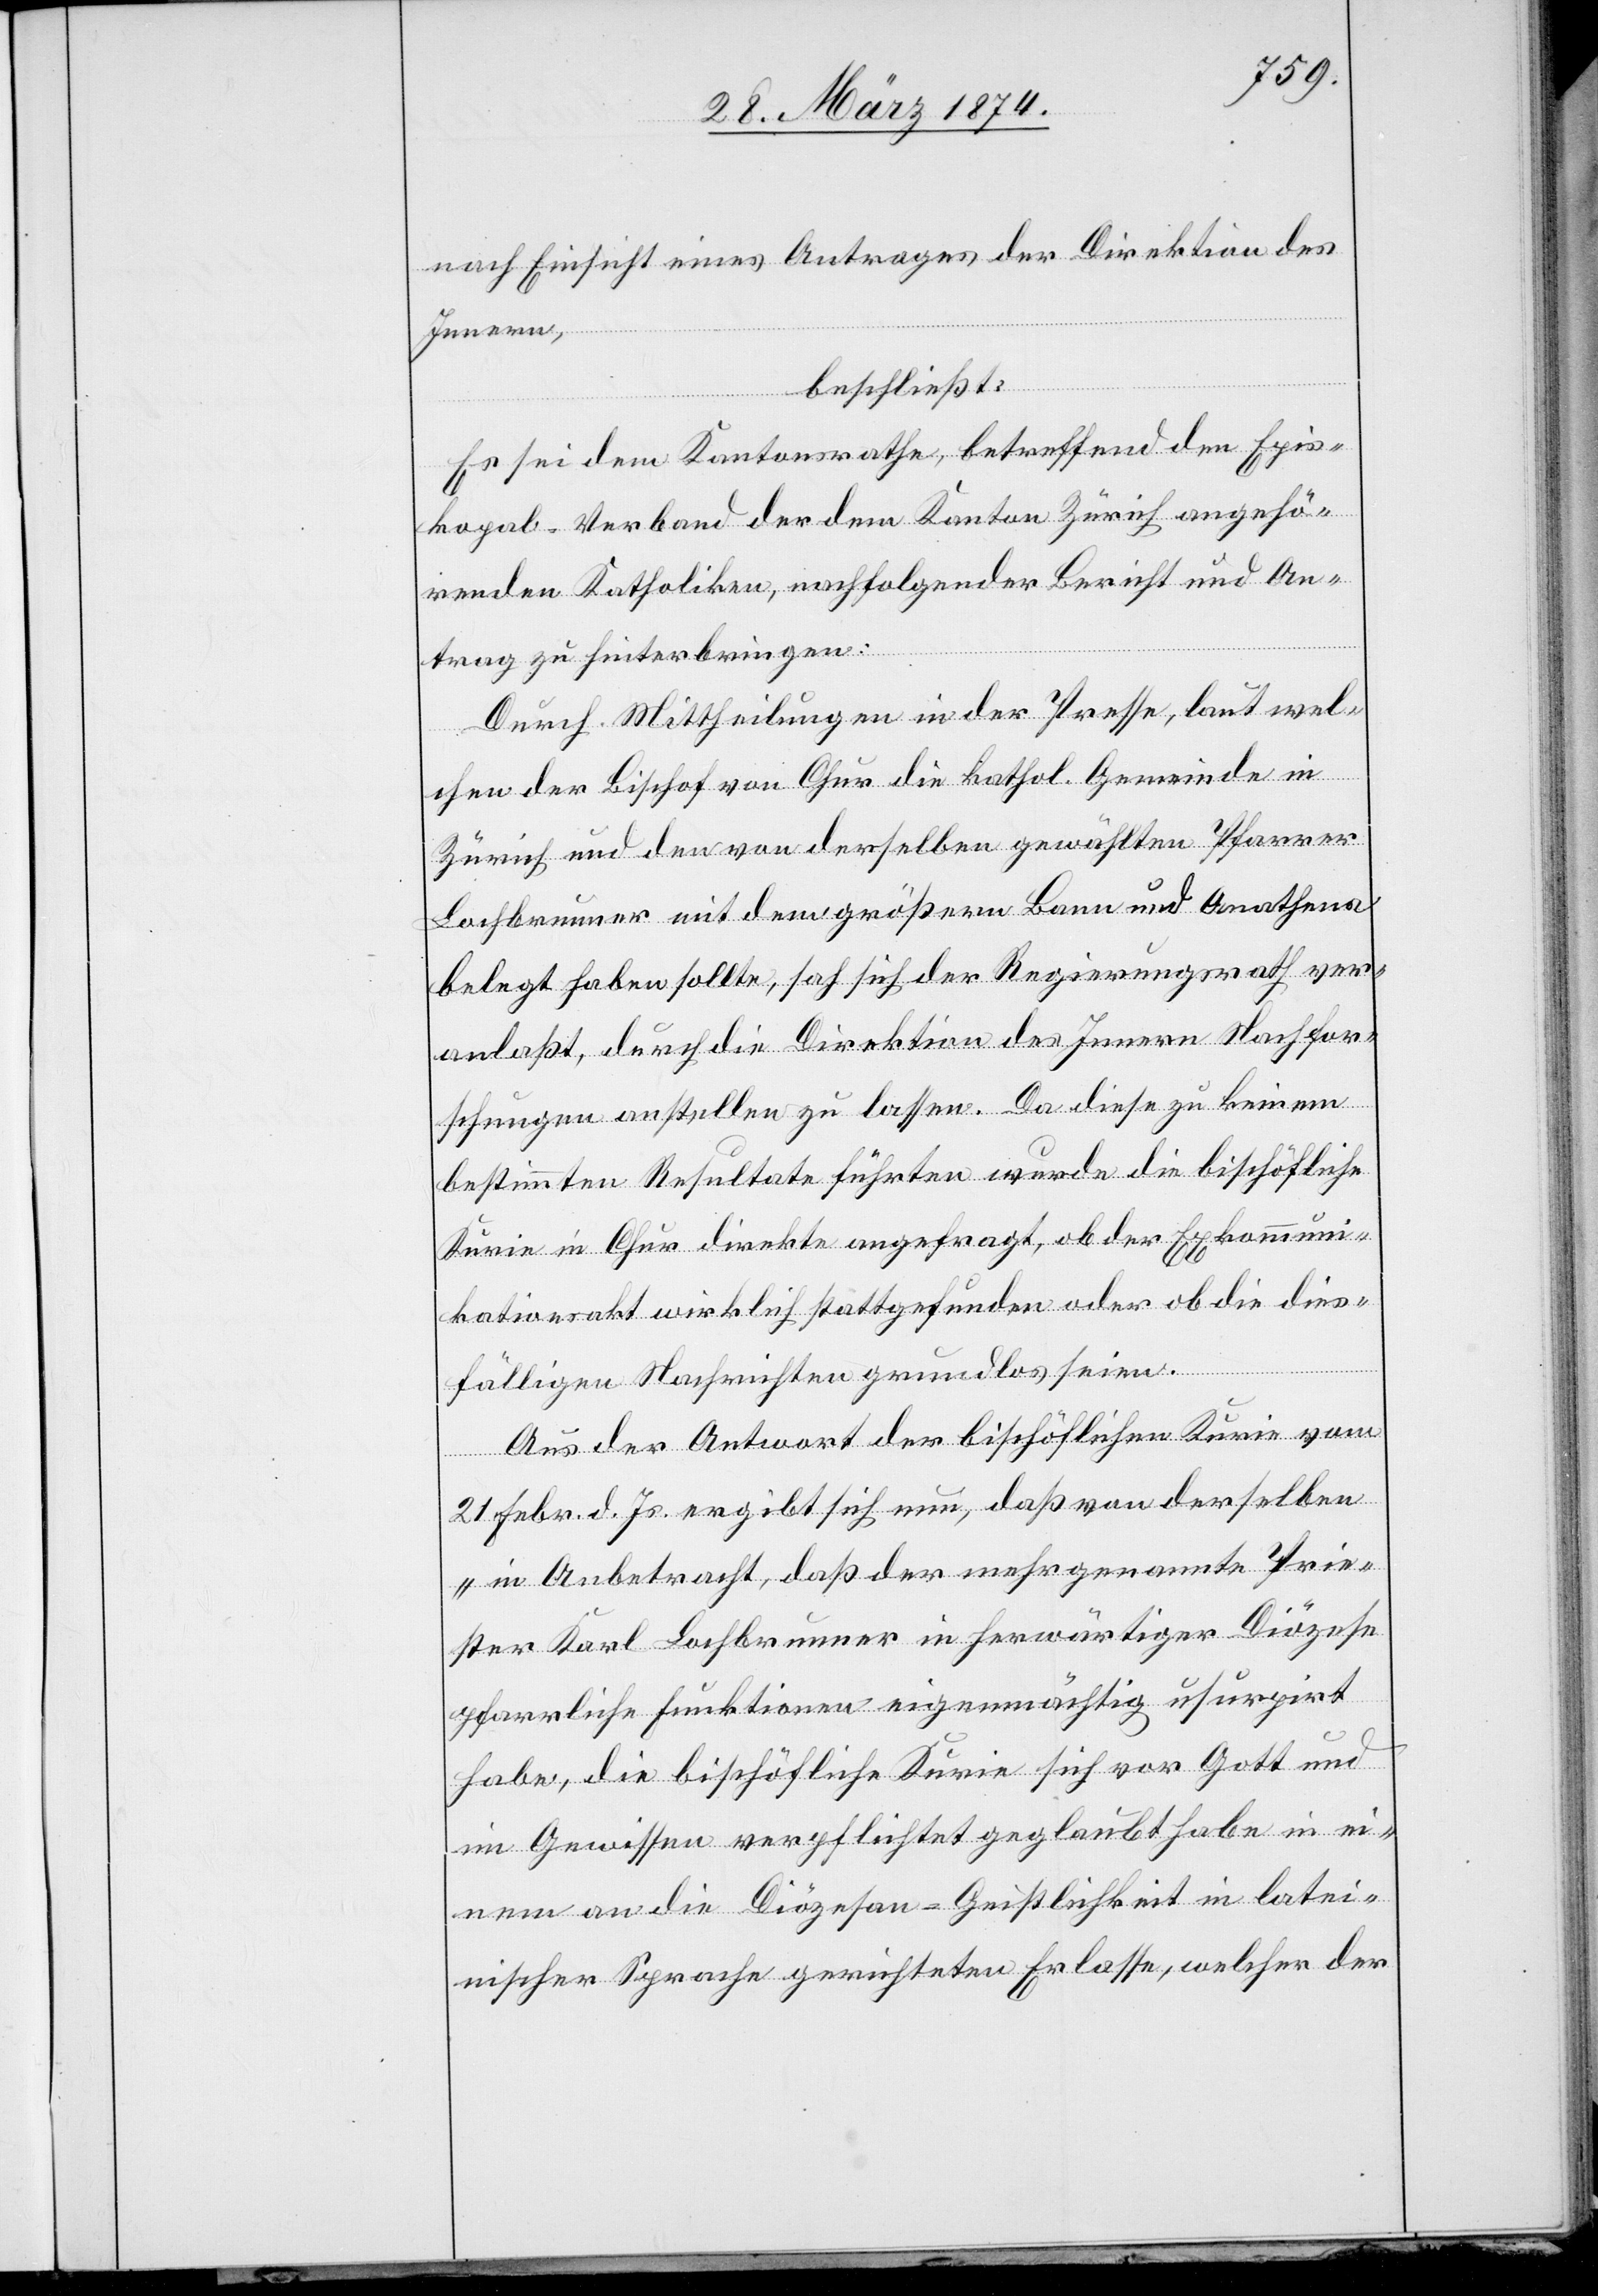
nach Einsicht eines Antrages der Direktion des
Innern,
beschließt:
Es sei dem Kantonsrathe, betreffend den Epis¬
kopab-Verband der dem Kanton Zürich angehö¬
renden Katholiken, nachfolgender Bericht und An¬
trag zu hinterbringen:
Durch Mittheilungen in der Presse, laut wel¬
chen der Bischof von Chur die kathol. Gemeinde in
Zürich und den von derselben gewählten Pfarrer
Lochbrunner mit dem größern Bann und Anathems
belegt haben sollte, sah sich der Regierungsrath ver¬
anlaßt, durch die Direktion des Innern Nachfor¬
schungen anstellen zu lassen. Da diese zu keinem
bestimmten Resultat führten wurde die bischöfliche
Kurie in Chur direkte angefragt, ob der Exkommuni¬
kationsakt wirklich stattgefunden oder ob die dies¬
fälligen Nachrichten grundlos seien.
Aus der Antwort der bischöflichen Kurie vom
21. Febr. d. Js. ergibt sich nun, daß von derselben
„in Anbetracht, daß der mehrgenannte Prie¬
ster Karl Lochbrunner in herwärtiger Diözese
pfarrliche Funktionen eigenmächtig usurpirt
habe, die bischöfliche Kurie sich vor Gott und
im Gewissen verpflichtet geglaubt habe in ei¬
nem an die Diözesan-Geistlichkeit in latei¬
nischer Sprache gerichteten Erlasse, welcher [in]